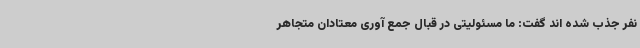
نفر جذب شده اند گفت: ما مسئولیتی در قبال جمع آوری معتادان متجاهر